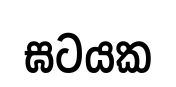
ඝටයක